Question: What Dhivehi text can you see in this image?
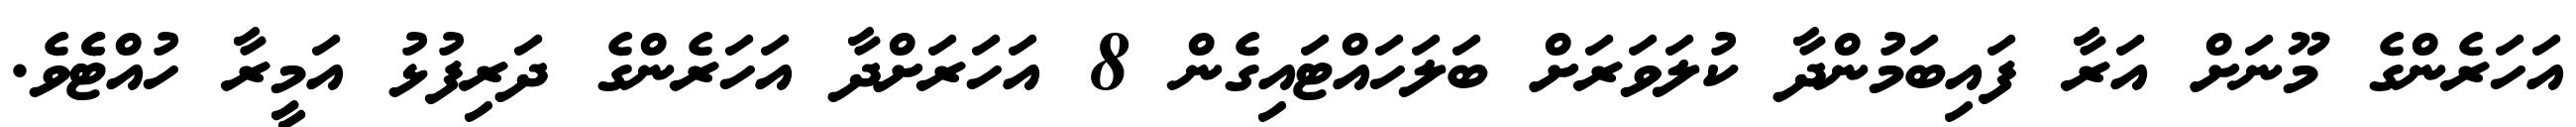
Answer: އަހަރެންގެ މޫނަށް އަރާ ފައިބަމުންދާ ކުލަވަރަށް ބަލަހައްޓައިގެން 8 އަހަރަށްދާ އަހަރެންގެ ދަރިފުޅު އަމީރާ ހުއްޓެެވެ.